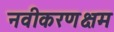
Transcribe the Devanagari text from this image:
नवीकरणक्षम